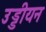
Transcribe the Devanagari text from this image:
उड्डीयन